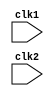
	module pipe_riscv (clk1, clk2);
	
	input clk1, clk2; 

	reg [15:0] PC, IF_ID_IR, IF_ID_NPC;

	reg [15:0] ID_EX_IR, ID_EX_NPC, ID_EX_A, ID_EX_B, ID_EX_Imm;
	reg [2:0] ID_EX_type, EX_MEM_type, MEM_WB_type;

	reg [15:0] EX_MEM_IR, EX_MEM_ALUOut, EX_MEM_B;
	reg		  EX_MEM_cond;

	reg [15:0] MEM_WB_IR, MEM_WB_ALUOut, MEM_WB_LMD;

	reg [15:0] Reg [0:15]; 
	reg [15:0] Mem [0:1023]; 

	parameter ADD=4'b0000, SUB=4'b0001, AND=4'b0010, OR=4'b0011,
				 SLT=4'b0100, MUL=4'b0101, HLT=4'b0111, LW=4'b1000,
				 SW=4'b1001, ADDI=4'b1010, SUBI=4'b1011,SLTI=4'b1100,
				 BNEQZ=4'b1101, BEQZ=4'b1110; 
				
	parameter RR_ALU=3'b000, RM_ALU=3'b001, LOAD=3'b010, STORE=3'b011,
				 BRANCH=3'b100, HALT=3'b101 ;

	reg HALTED;


	reg TAKEN_BRANCH;


always @(posedge clk1) 
begin
	if (HALTED == 0)
	begin
	if (((EX_MEM_IR[15:12] == BEQZ) && (EX_MEM_cond == 1)) ||
	( (EX_MEM_IR[15:12] == BNEQZ) && (EX_MEM_cond == 0)))
	begin
	IF_ID_IR <= #2 Mem[EX_MEM_ALUOut] ;
	TAKEN_BRANCH <= #2 1'b1;
	IF_ID_NPC <= #2 EX_MEM_ALUOut + 1;
	PC <= #2 EX_MEM_ALUOut + 1;
	end
	else
	begin
	IF_ID_IR <= #2 Mem[PC];
	IF_ID_NPC <= #2 PC + 1;
	PC <= #2 PC + 1;
	end

	end
	end


always @(posedge clk2) 

	if (HALTED == 0)

	begin
	if (IF_ID_IR[11:9] == 3'b000) ID_EX_A <= 0;
	else ID_EX_A <= #2 Reg[IF_ID_IR[11:9]]; 
	if (IF_ID_IR[8:6] == 3'b000) ID_EX_B <= 0;
	else ID_EX_B <= #2 Reg[IF_ID_IR[8:6]]; // "xt"
	ID_EX_NPC <= #2 IF_ID_NPC;
	ID_EX_IR <= #2 IF_ID_IR;

	ID_EX_Imm <= #2 {{10{IF_ID_IR[5]}}, {IF_ID_IR[5:0]}};



		case (IF_ID_IR[15:12])
			ADD ,SUB,AND,OR,SLT,MUL: ID_EX_type <= #2 RR_ALU;
			ADDI,SUBI,SLTI: 			 ID_EX_type <= #2 RM_ALU;
			LW: 							 ID_EX_type <= #2 LOAD;
			SW:							 ID_EX_type <= #2 STORE;
			BNEQZ, BEQZ: 				 ID_EX_type <= #2 BRANCH;
			HLT: 							 ID_EX_type <= #2 HALT;
			default: 					 ID_EX_type <= #2 HALT;

		endcase
	end
	


	always @(posedge clk1)
		if (HALTED == 0)
		begin


	EX_MEM_type <= #2 ID_EX_type;
	EX_MEM_IR <= #2 ID_EX_IR;

	TAKEN_BRANCH <= #2 0;

	case (ID_EX_type)
	RR_ALU: begin

	case (ID_EX_IR[15:12])

	ADD: EX_MEM_ALUOut <= #2 ID_EX_A + ID_EX_B;
	SUB: EX_MEM_ALUOut <= #2 ID_EX_A - ID_EX_B;
	AND: EX_MEM_ALUOut <= #2 ID_EX_A & ID_EX_B;
	OR:  EX_MEM_ALUOut <= #2 ID_EX_A | ID_EX_B;
	SLT: EX_MEM_ALUOut <= #2 ID_EX_A < ID_EX_B;
	MUL: EX_MEM_ALUOut <= #2 ID_EX_A * ID_EX_B;
	default: EX_MEM_ALUOut <= #2 16'hxxxx ;
	endcase
	end

	RM_ALU: begin

	case (ID_EX_IR[15:12])

	ADDI:	EX_MEM_ALUOut <= #2 	ID_EX_A + ID_EX_Imm;
	SUBI:	EX_MEM_ALUOut <= #2 	ID_EX_A - ID_EX_Imm;
	SLTI:	EX_MEM_ALUOut <= #2 	ID_EX_A < ID_EX_Imm;
	default:	EX_MEM_ALUOut <= #2 16'hxxxx;

	endcase
	end
	

LOAD, STORE:
begin
EX_MEM_ALUOut <= #2 ID_EX_A + ID_EX_Imm;
EX_MEM_B      <= #2 ID_EX_B; 

end


BRANCH: 
begin
EX_MEM_ALUOut <= #2 ID_EX_NPC + ID_EX_Imm;
EX_MEM_cond   <= #2 (ID_EX_A == 0);
end
endcase
end


always @(posedge clk2)

if (HALTED == 0)

begin
MEM_WB_type <= EX_MEM_type;
MEM_WB_IR 	<= #2 EX_MEM_IR;

case (EX_MEM_type)
RR_ALU, RM_ALU:
MEM_WB_ALUOut <= #2 EX_MEM_ALUOut;

LOAD : MEM_WB_LMD <= #2 Mem[EX_MEM_ALUOut] ;
STORE: if (TAKEN_BRANCH == 0) 
			 Mem[EX_MEM_ALUOut] <= #2 EX_MEM_B;

endcase
end


always @ (posedge clk1) 

begin

if (TAKEN_BRANCH == 0) 

case (MEM_WB_type)
RR_ALU: Reg [MEM_WB_IR[5:3]] <= #2 MEM_WB_ALUOut; 
RM_ALU: Reg [MEM_WB_IR[8:6]] <= #2 MEM_WB_ALUOut; 
LOAD 	: Reg [MEM_WB_IR[8:6]] <= #2 MEM_WB_LMD; 
HALT	: HALTED <= #2 1'b1;

endcase

end

endmodule